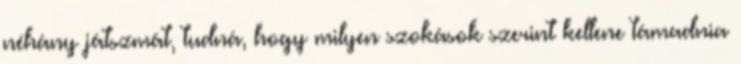
néhány játszmát, tudná, hogy milyen szokások szerint kellene támadnia